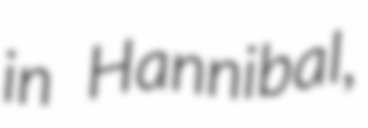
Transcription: in Hannibal,